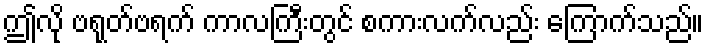
ဤလို ဗရုတ်ဗရက် ကာလကြီးတွင် စကားလက်လည်း ကြောက်သည်။